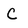
Character: C